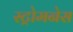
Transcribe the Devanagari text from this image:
स्ट्रोमनेस